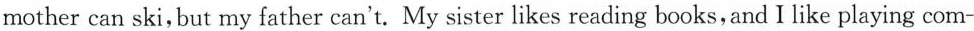
mother can ski,but my father can't. My sister likes reading books, and I like playing com-